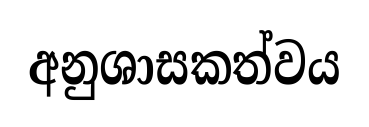
අනුශාසකත්වය